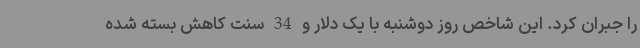
را جبران کرد. این شاخص روز دوشنبه با یک دلار و 34 سنت کاهش بسته شده